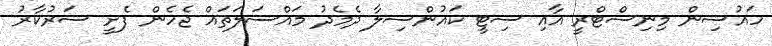
ހައުސިން މިނިސްޓްރީ އާއި ސިޓީ ކައުންސިލާ ދެމެދު މައްސަލަތައް ޖެހެން ފެށީ ސަރުކާރު